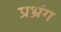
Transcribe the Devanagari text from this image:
प्रभ्रंग